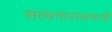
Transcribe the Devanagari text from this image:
सत्यनारायणजी